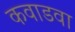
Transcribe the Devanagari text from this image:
कवाडवा